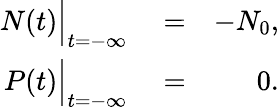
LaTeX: \begin{array}{rlr}{N(t)\Big|_{t=-\infty}}&{{}=}&{-N_{0},}\\ {P(t)\Big|_{t=-\infty}}&{{}=}&{0.}\end{array}